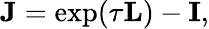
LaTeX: \mathbf{J}=\exp(\tau\mathbf{L})-\mathbf{I},